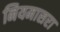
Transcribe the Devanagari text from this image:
नियमासरा